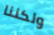
ولكننا